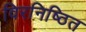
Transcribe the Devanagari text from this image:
विरनिष्ठित